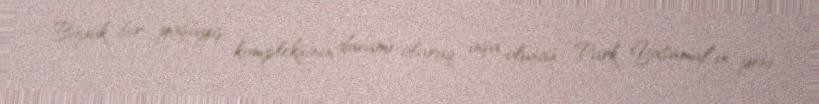
Böyük bir yaşayış kompleksinin davamı olaraq inşa olunan “Park Yasamal”ın yeni